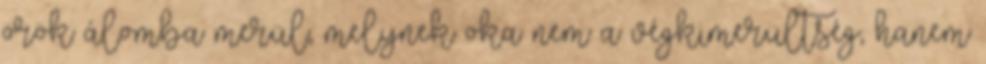
örök álomba merül, melynek oka nem a végkimerültség, hanem